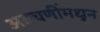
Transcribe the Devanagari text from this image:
अडचणींमधुन